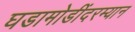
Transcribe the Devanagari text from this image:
घडामोडींदरम्यान